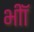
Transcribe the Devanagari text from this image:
भीॉ